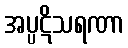
အပ္ပဋိသရဏာ